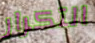
التكرار